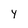
Character: Y